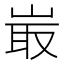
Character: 𡸘